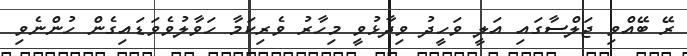
ރޭ ބޭއްވި ޖަލްސާގައި އަލީ ވަހީދު ވިދާޅުވީ މިހާރު ވެރިކަމާ ހަވާލުވެވަޑައިގެން ހުންނެވި